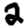
Digit: 2